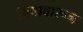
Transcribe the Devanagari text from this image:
विषावारून